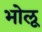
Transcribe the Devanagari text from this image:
भोलू